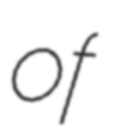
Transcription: of